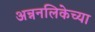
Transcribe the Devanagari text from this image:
अन्ननलिकेच्या